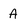
Character: A